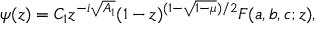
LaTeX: \psi ( z ) = C _ { 1 } z ^ { - i \sqrt { A _ { 1 } } } ( 1 - z ) ^ { ( 1 - \sqrt { 1 - \mu } ) / 2 } F ( a , b , c ; z ) ,